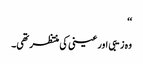
‘‘
وہ زیبی اور عینی کی منتظر تھی۔